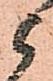
候